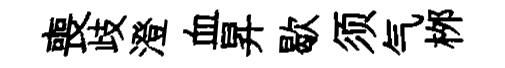
喪歧澄血昇歇须气桞